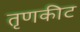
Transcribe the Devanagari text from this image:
तृणकीट